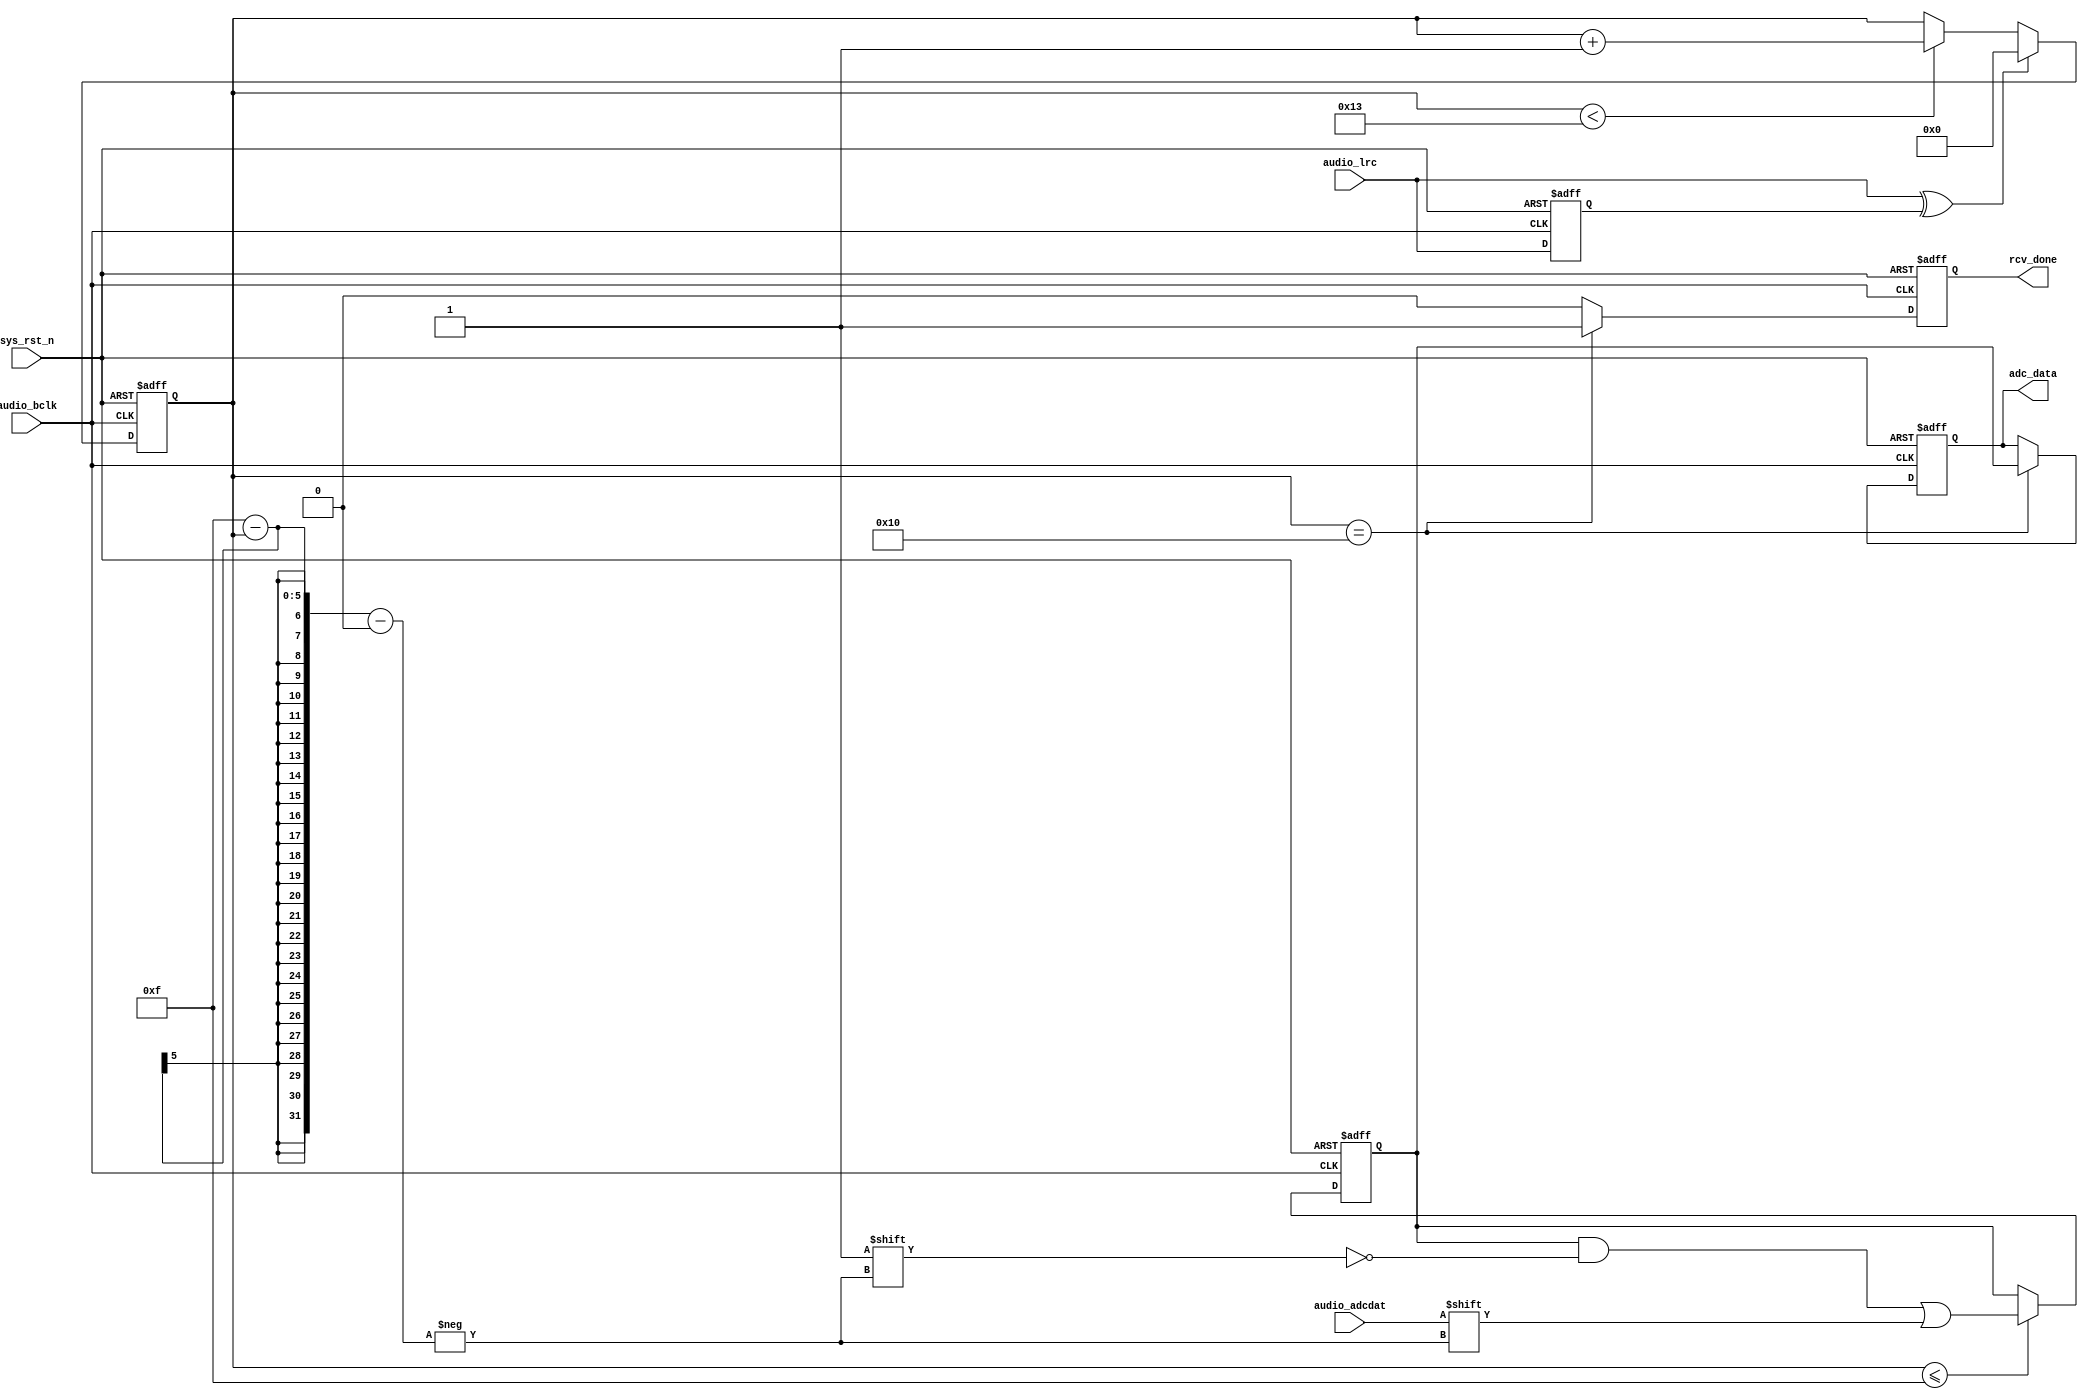
`timescale  1ns/1ns
////////////////////////////////////////////////////////////////////////
// Module Name   : audio_rcv
// Project Name  : audio_sd_play
// Target Devices: Altera EP4CE10F17C8N
// Tool Versions : Quartus 13.0
// Description   : 
// 
// Revision      : V1.0
// Additional Comments:
// 
// : _Pro_FPGA
//     : http://www.embedfire.com
//     : http://www.firebbs.cn
//     : https://fire-stm32.taobao.com
////////////////////////////////////////////////////////////////////////

module  audio_rcv
(
    input   wire        audio_bclk      ,   //WM8978
    input   wire        sys_rst_n       ,   //
    input   wire        audio_lrc       ,   //WM8978/
    input   wire        audio_adcdat    ,   //WM8978ADC

    output  reg [15:0]  adc_data        ,   //
    output  reg         rcv_done            //

);

//********************************************************************//
//************************** Internal Signal *************************//
//********************************************************************//

//reg   define
reg             audio_lrc_d1;   //
reg     [4:0]   adcdat_cnt  ;   //WM8978ADC
reg     [15:0]  data_reg    ;   //adc_data

//wire  define
wire            lrc_edge    ;   //

//********************************************************************//
//***************************** Main Code ****************************//
//********************************************************************//

assign  lrc_edge    =   audio_lrc   ^   audio_lrc_d1; //

//audio_lrc
always@(posedge audio_bclk  or  negedge sys_rst_n)
    if(sys_rst_n == 1'b0)
        audio_lrc_d1    <=  1'b0    ;
    else
        audio_lrc_d1    <=  audio_lrc   ;
        
//adcdat_cnt:
always@(posedge audio_bclk  or  negedge sys_rst_n)
    if(sys_rst_n == 1'b0)
        adcdat_cnt    <=  5'b0    ;
    else    if(lrc_edge == 1'b1)
        adcdat_cnt    <=  5'b0    ;
    else    if(adcdat_cnt < 5'd19)
        adcdat_cnt  <=  adcdat_cnt + 1'b1;

//WM8978ADCdata_reg24
always@(posedge audio_bclk  or  negedge sys_rst_n)
    if(sys_rst_n == 1'b0)
        data_reg    <=  16'b0   ;
    else    if(adcdat_cnt <= 5'd15)
        data_reg[15-adcdat_cnt] <=  audio_adcdat    ;
    else
        data_reg    <=  data_reg    ;
        
//adc_data
always@(posedge audio_bclk  or  negedge sys_rst_n)
    if(sys_rst_n == 1'b0)
        adc_data    <=  16'b0   ;
    else    if(adcdat_cnt == 5'd16)
        adc_data    <=  data_reg    ;
    else
        adc_data    <=  adc_data    ;
        
//
always@(posedge audio_bclk  or  negedge sys_rst_n)
    if(sys_rst_n == 1'b0)
        rcv_done    <=  1'b0    ;
    else    if(adcdat_cnt == 5'd16)
        rcv_done    <=  1'b1    ;
    else
        rcv_done    <=  1'b0    ;

endmodule